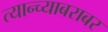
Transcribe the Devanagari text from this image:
त्यान्च्याबराबर